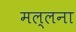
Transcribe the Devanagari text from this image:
मल्लना